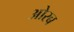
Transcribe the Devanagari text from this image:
ओरब